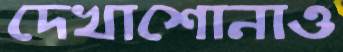
দেখাশোনাও